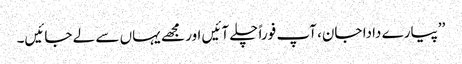
’’پیارے دادا جان، آپ فوراً چلے آئیں اور مجھے یہاں سے لے جائیں۔